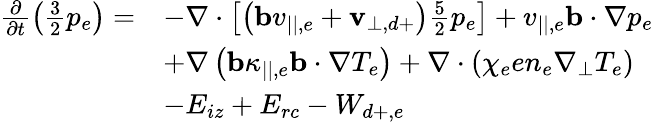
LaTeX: \begin{array}{rl}{\frac{\partial}{\partial t}\left(\frac{3}{2}p_{e}\right)=}&{-\nabla\cdot\left[\left(\mathbf{b}v_{||,e}+\mathbf{v}_{\perp,d+}\right)\frac{5}{2}p_{e}\right]+v_{||,e}\mathbf{b}\cdot\nabla p_{e}}\\ &{+\nabla\left(\mathbf{b}\kappa_{||,e}\mathbf{b}\cdot\nabla T_{e}\right)+\nabla\cdot\left(\chi_{e}en_{e}\nabla_{\perp}T_{e}\right)}\\ &{-E_{iz}+E_{rc}-W_{d+,e}}\end{array}